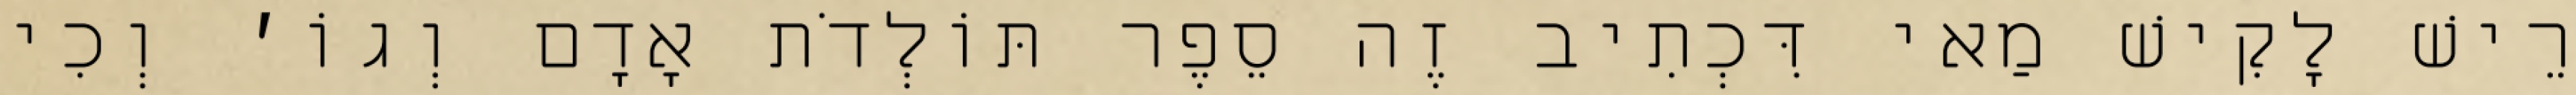
רֵישׁ לָקִישׁ מַאי דִּכְתִיב זֶה סֵפֶר תּוֹלְדֹת אָדָם וְגוֹ׳ וְכִי